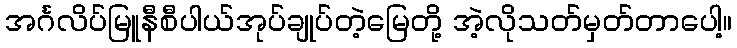
အင်္ဂလိပ်မြူနီစီပါယ်အုပ်ချုပ်တဲ့မြေတို့ အဲ့လိုသတ်မှတ်တာပေါ့။